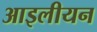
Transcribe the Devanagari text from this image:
आइलीयन